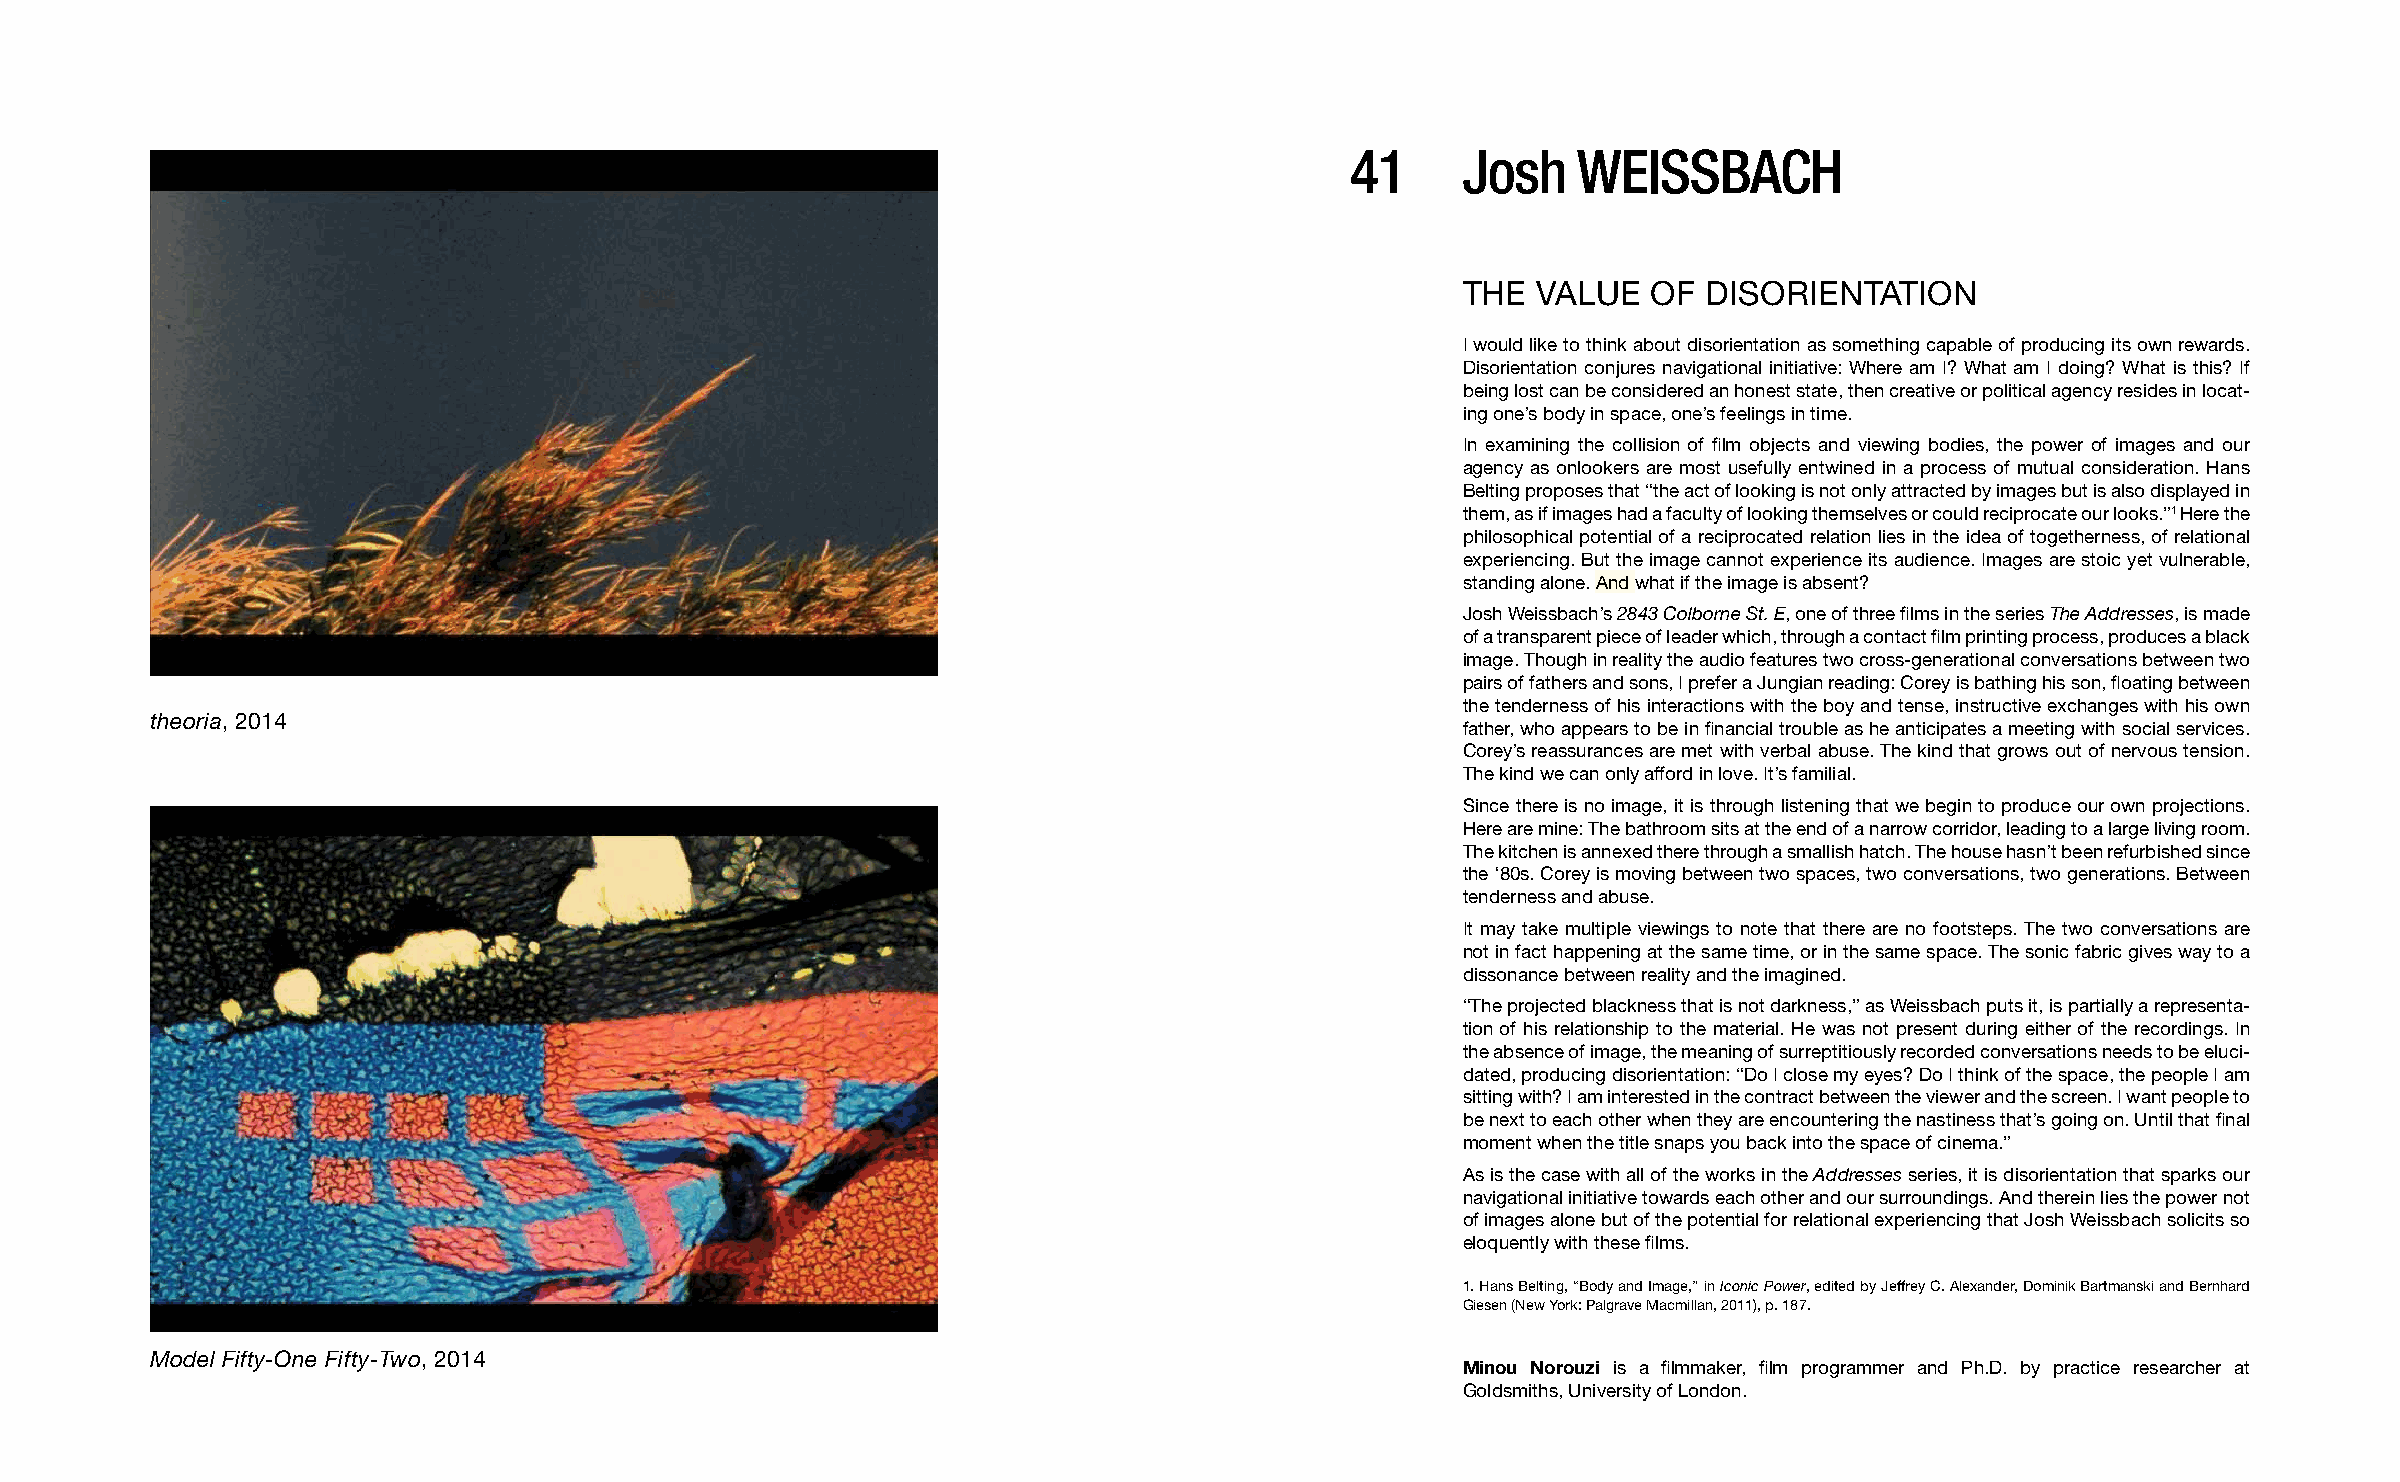
41      Josh   WEISSBACH
 THE  VALUE  OF  DISORIENTATION
 I would like to think about disorientation as something capable of producing its own rewards.
 Disorientation conjures navigational initiative: Where am I? What am I doing? What is this? If
 being lost can be considered an honest state, then creative or political agency resides in locat-
 ing one’s body in space, one’s feelings in time.
 In examining the collision of film objects and viewing bodies, the power of images and our
 agency as onlookers are most usefully entwined in a process of mutual consideration. Hans
 Belting proposes that “the act of looking is not only attracted by images but is also displayed in
 them, as if images had a faculty of looking themselves or could reciprocate our looks.”1 Here the
 philosophical potential of a reciprocated relation lies in the idea of togetherness, of relational
 experiencing. But the image cannot experience its audience. Images are stoic yet vulnerable,
 standing alone. And what if the image is absent?
 Josh Weissbach’s 2843 Colborne St. E, one of three films in the series The Addresses, is made
 of a transparent piece of leader which, through a contact film printing process, produces a black
 image. Though in reality the audio features two cross-generational conversations between two
 pairs of fathers and sons, I prefer a Jungian reading: Corey is bathing his son, floating between
 the tenderness of his interactions with the boy and tense, instructive exchanges with his own
 theoria, 2014
 father, who appears to be in financial trouble as he anticipates a meeting with social services.
 Corey’s reassurances are met with verbal abuse. The kind that grows out of nervous tension.
 The kind we can only afford in love. It’s familial.
 Since there is no image, it is through listening that we begin to produce our own projections.
 Here are mine: The bathroom sits at the end of a narrow corridor, leading to a large living room.
 The kitchen is annexed there through a smallish hatch. The house hasn’t been refurbished since
 the ‘80s. Corey is moving between two spaces, two conversations, two generations. Between
 tenderness and abuse.
 It may take multiple viewings to note that there are no footsteps. The two conversations are
 not in fact happening at the same time, or in the same space. The sonic fabric gives way to a
 dissonance between reality and the imagined.
 “The projected blackness that is not darkness,” as Weissbach puts it, is partially a representa-
 tion of his relationship to the material. He was not present during either of the recordings. In
 the absence of image, the meaning of surreptitiously recorded conversations needs to be eluci-
 dated, producing disorientation: “Do I close my eyes? Do I think of the space, the people I am
 sitting with? I am interested in the contract between the viewer and the screen. I want people to
 be next to each other when they are encountering the nastiness that’s going on. Until that final
 moment when the title snaps you back into the space of cinema.”
 As is the case with all of the works in the Addresses series, it is disorientation that sparks our
 navigational initiative towards each other and our surroundings. And therein lies the power not
 of images alone but of the potential for relational experiencing that Josh Weissbach solicits so
 eloquently with these films.
 1. Hans Belting, “Body and Image,” in Iconic Power, edited by Jeffrey C. Alexander, Dominik Bartmanski and Bernhard
 Giesen (New York: Palgrave Macmillan, 2011), p. 187.
 Model Fifty-One Fifty-Two, 2014
 Minou Norouzi is a filmmaker, film programmer and Ph.D. by practice researcher at
 Goldsmiths, University of London.